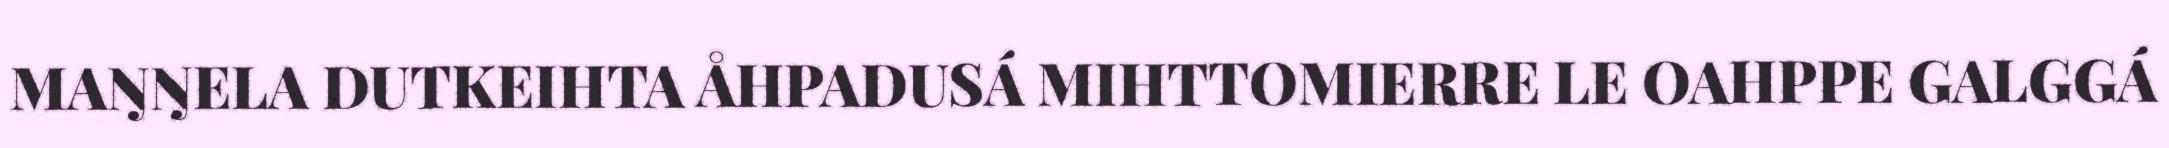
MAŊŊELA DUTKEIHTA ÅHPADUSÁ MIHTTOMIERRE LE OAHPPE GALGGÁ